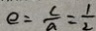
e = \frac { c } { a } = \frac { 1 } { 2 }